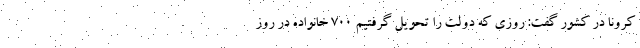
کرونا در کشور گفت: روزی که دولت را تحویل گرفتیم ۷۰۰ خانواده در روز